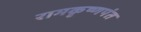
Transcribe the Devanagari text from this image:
रामकृष्णपंत